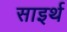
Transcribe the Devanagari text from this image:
साइर्थ